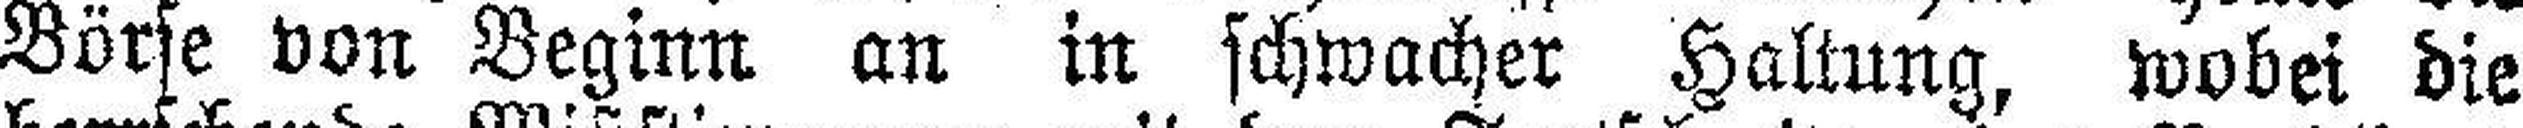
Börse von Beginn an in schwacher Haltung, wobei die